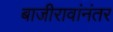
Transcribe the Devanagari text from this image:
बाजीरावांनंतर